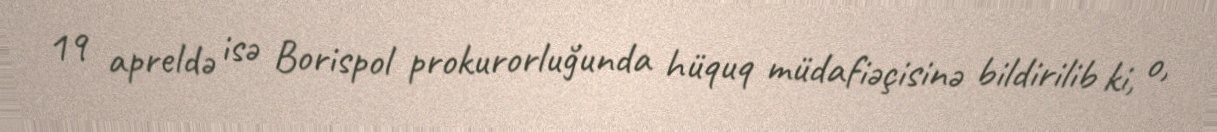
19 apreldə isə Borispol prokurorluğunda hüquq müdafiəçisinə bildirilib ki, o,